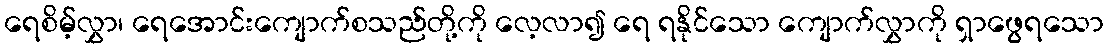
ရေစိမ့်လွှာ၊ ရေအောင်းကျောက်စသည်တို့ကို လေ့လာ၍ ရေ ရနိုင်သော ကျောက်လွှာကို ရှာဖွေရသော